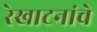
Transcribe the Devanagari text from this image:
रेखाटनांचे